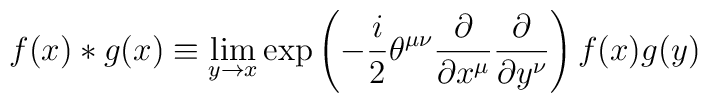
f(x)*g(x)\equiv \lim_{y\rightarrow x}\exp\left( -\frac{i}{2}\theta^{\mu\nu}\frac{\partial}{\partial x^\mu}\frac{\partial}{\partial y^\nu}\right) f(x)g(y)